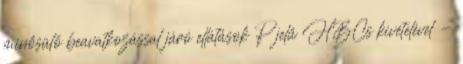
minősülő beavatkozással járó ellátások P jelű HBCs kivételével -